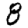
Digit: 8